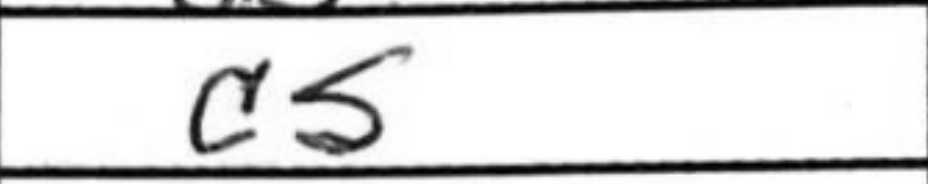
Transcription: c5